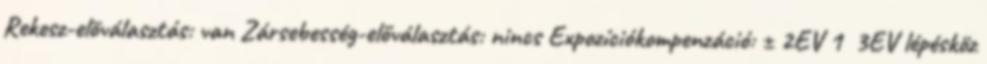
Rekesz-elõválasztás: van Zársebesség-előválasztás: nincs Expozíciókompenzáció: ± 2EV 1 3EV lépésköz